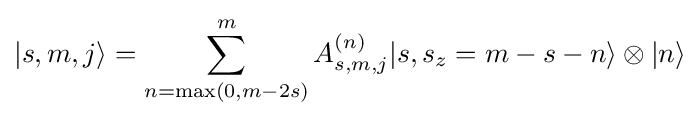
|s,m,j\rangle =\sum _{n=\max(0,m-2s)}^{m}A_{s,m,j}^{(n)}|s,s_{z}=m-s-n\rangle \otimes |n\rangle